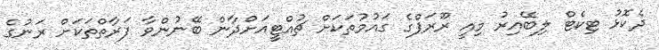
ދެކޮޅު ޓިކެޓް ލިބޭއިރު މިއީ ރޫރަޕްގެ ގައުމުތަކަށް ޗުއްޓީއަށްދާން ބޭނުންވާ ފަރާތްތަކަށް ރަނުގެ